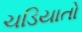
ચડિયાતો